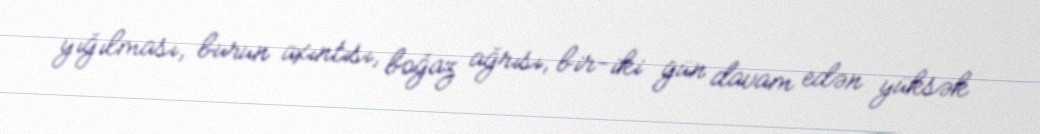
yığılması, burun axıntısı, boğaz ağrısı, bir-iki gün davam edən yüksək